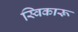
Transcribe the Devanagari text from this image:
स्विकारू